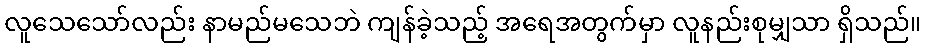
လူသေသော်လည်း နာမည်မသေဘဲ ကျန်ခဲ့သည့် အရေအတွက်မှာ လူနည်းစုမျှသာ ရှိသည်။